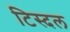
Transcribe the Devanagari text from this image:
टिस्दल